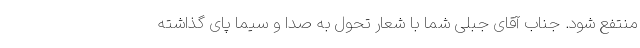
منتفع شود. جناب آقای جبلی شما با شعار تحول به صدا و سیما پای گذاشته